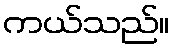
ကယ်သည်။